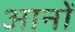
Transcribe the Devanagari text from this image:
आनों